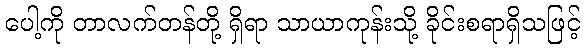
ပေါ့ကို တာလက်တန်တို့ ရှိရာ သာယာကုန်းသို့ ခိုင်းစရာရှိသဖြင့်